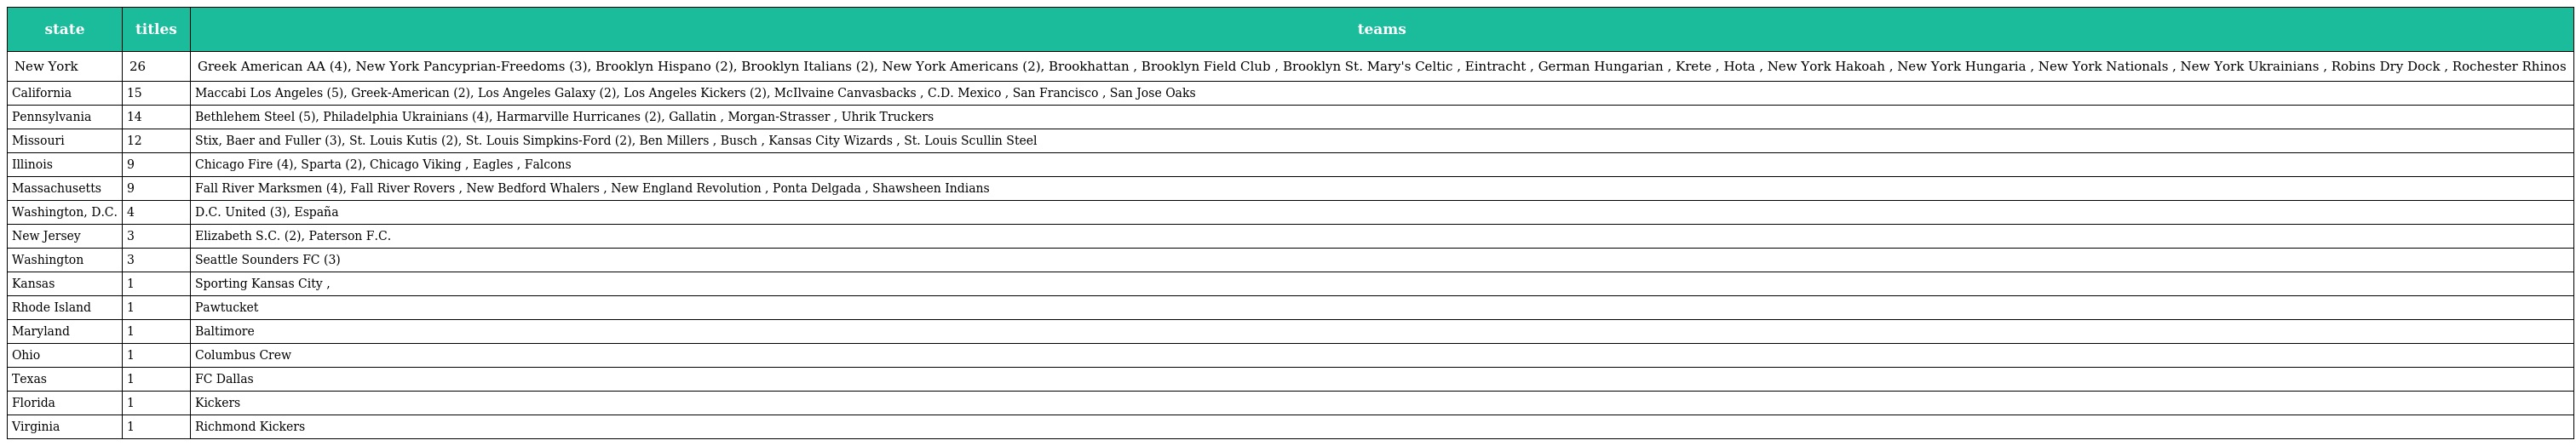
| state | titles | teams |
 | --- | --- | --- |
 | New York | 26 | Greek American AA (4), New York Pancyprian-Freedoms (3), Brooklyn Hispano (2), Brooklyn Italians (2), New York Americans (2), Brookhattan , Brooklyn Field Club , Brooklyn St. Mary's Celtic , Eintracht , German Hungarian , Krete , Hota , New York Hakoah , New York Hungaria , New York Nationals , New York Ukrainians , Robins Dry Dock , Rochester Rhinos |
 | California | 15 | Maccabi Los Angeles (5), Greek-American (2), Los Angeles Galaxy (2), Los Angeles Kickers (2), McIlvaine Canvasbacks , C.D. Mexico , San Francisco , San Jose Oaks |
 | Pennsylvania | 14 | Bethlehem Steel (5), Philadelphia Ukrainians (4), Harmarville Hurricanes (2), Gallatin , Morgan-Strasser , Uhrik Truckers |
 | Missouri | 12 | Stix, Baer and Fuller (3), St. Louis Kutis (2), St. Louis Simpkins-Ford (2), Ben Millers , Busch , Kansas City Wizards , St. Louis Scullin Steel |
 | Illinois | 9 | Chicago Fire (4), Sparta (2), Chicago Viking , Eagles , Falcons |
 | Massachusetts | 9 | Fall River Marksmen (4), Fall River Rovers , New Bedford Whalers , New England Revolution , Ponta Delgada , Shawsheen Indians |
 | Washington, D.C. | 4 | D.C. United (3), España |
 | New Jersey | 3 | Elizabeth S.C. (2), Paterson F.C. |
 | Washington | 3 | Seattle Sounders FC (3) |
 | Kansas | 1 | Sporting Kansas City , |
 | Rhode Island | 1 | Pawtucket |
 | Maryland | 1 | Baltimore |
 | Ohio | 1 | Columbus Crew |
 | Texas | 1 | FC Dallas |
 | Florida | 1 | Kickers |
 | Virginia | 1 | Richmond Kickers |